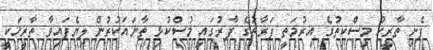
ފެށި ތާރީހު މިސްކިތުގެ އިރުމަތީ ފަރާތުގެ ފާރުގައި މުސްކުޅި ތާނައަކުރުން ލިޔެފައިވާ ތާރީޚަކީ